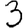
Digit: 3